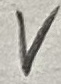
Text: V